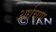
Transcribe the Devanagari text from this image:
अर्धचाप